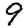
Digit: 9